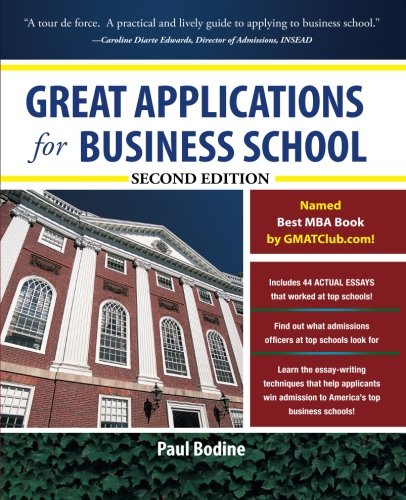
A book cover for Great Applications for Business School, Second Edition (Great Application for Business School); Paul Bodine; Test Preparation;